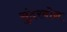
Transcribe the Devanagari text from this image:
सुंदरबोन